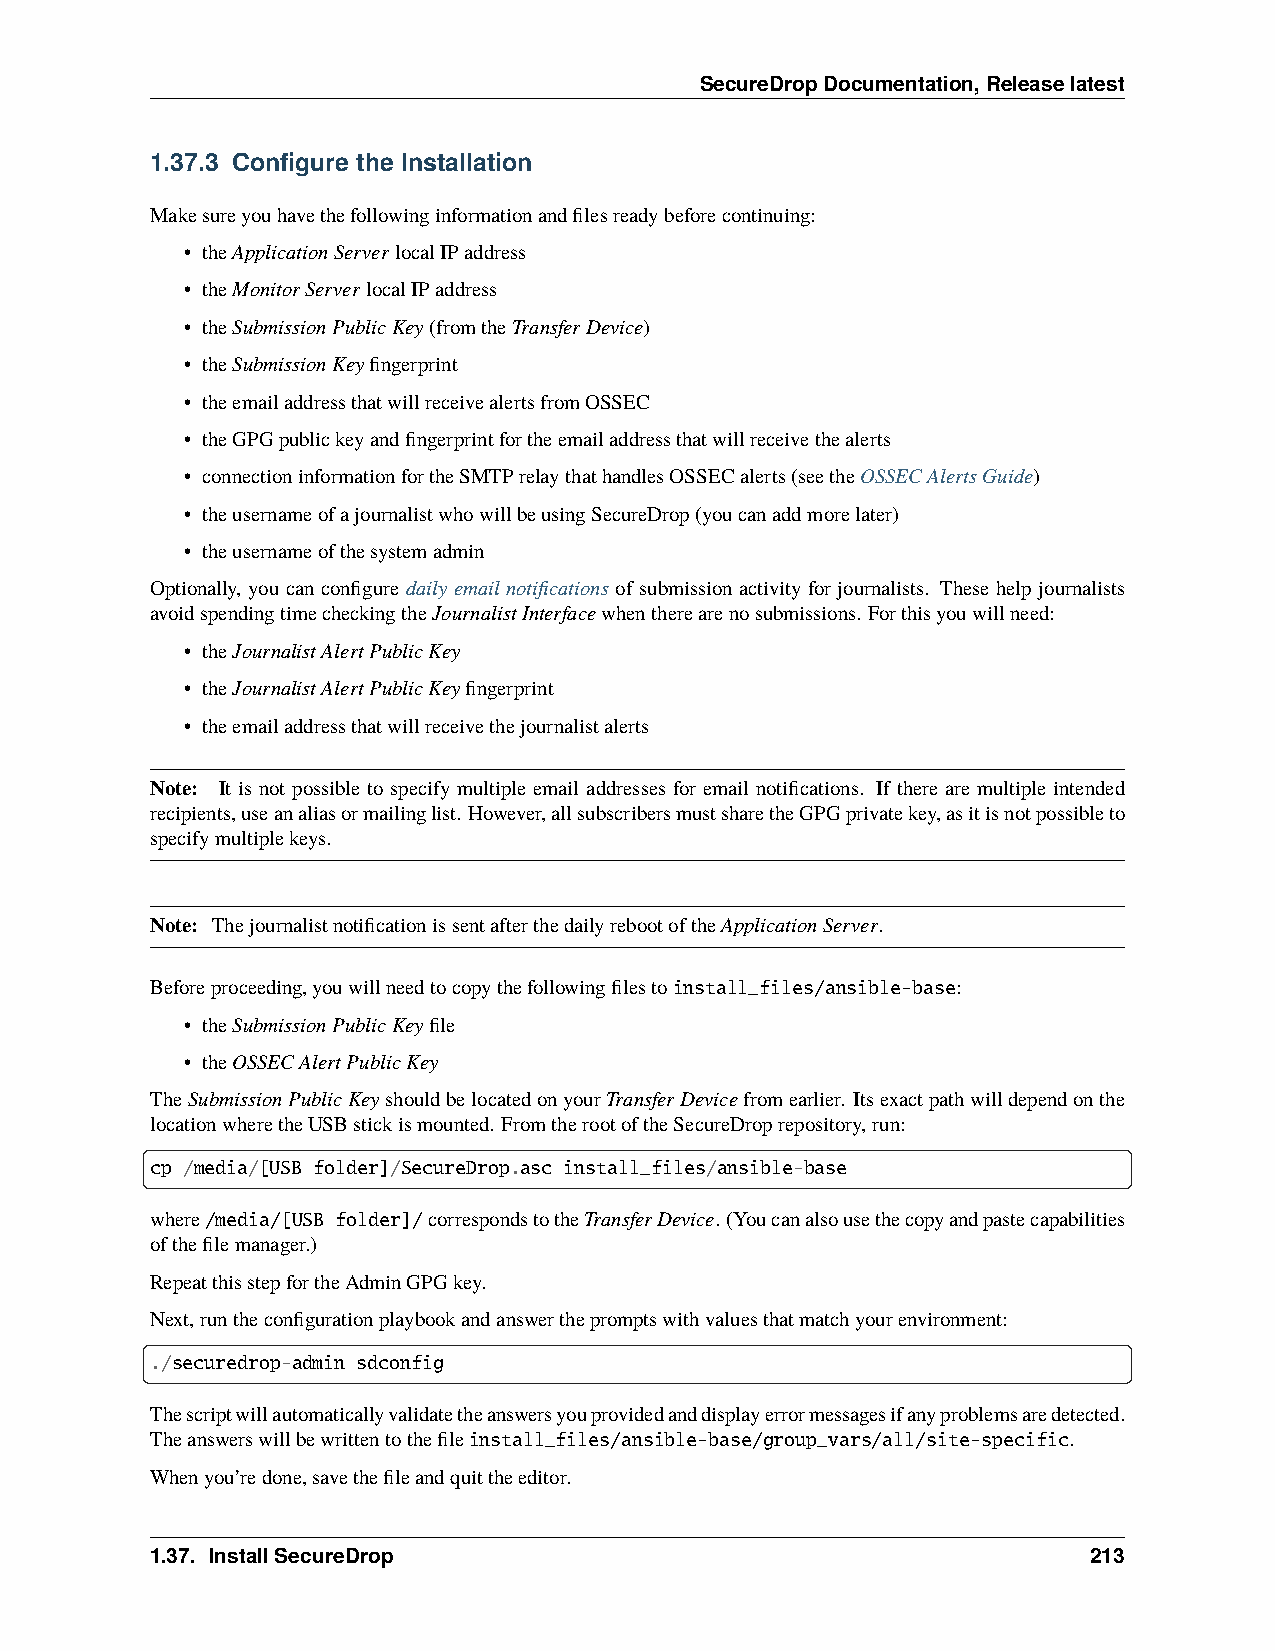
SecureDropDocumentation,Releaselatest
 1.37.3 Configure the Installation
 Makesureyouhavethefollowinginformationandfilesreadybeforecontinuing:
 • theApplicationServerlocalIPaddress
 • theMonitorServerlocalIPaddress
 • theSubmissionPublicKey(fromtheTransferDevice)
 • theSubmissionKeyfingerprint
 • theemailaddressthatwillreceivealertsfromOSSEC
 • theGPGpublickeyandfingerprintfortheemailaddressthatwillreceivethealerts
 • connectioninformationfortheSMTPrelaythathandlesOSSECalerts(seetheOSSECAlertsGuide)
 • theusernameofajournalistwhowillbeusingSecureDrop(youcanaddmorelater)
 • theusernameofthesystemadmin
 Optionally, you can configure daily email notifications of submission activity for journalists. These help journalists
 avoidspendingtimecheckingtheJournalistInterfacewhentherearenosubmissions. Forthisyouwillneed:
 • theJournalistAlertPublicKey
 • theJournalistAlertPublicKeyfingerprint
 • theemailaddressthatwillreceivethejournalistalerts
 Note: It is not possible to specify multiple email addresses for email notifications. If there are multiple intended
 recipients,useanaliasormailinglist. However,allsubscribersmustsharetheGPGprivatekey,asitisnotpossibleto
 specifymultiplekeys.
 Note: ThejournalistnotificationissentafterthedailyrebootoftheApplicationServer.
 Beforeproceeding,youwillneedtocopythefollowingfilestoinstall_files/ansible-base:
 • theSubmissionPublicKeyfile
 • theOSSECAlertPublicKey
 TheSubmissionPublicKeyshouldbelocatedonyourTransferDevicefromearlier. Itsexactpathwilldependonthe
 locationwheretheUSBstickismounted. FromtherootoftheSecureDroprepository,run:
 cp /media/[USB folder]/SecureDrop.asc install_files/ansible-base
 where/media/[USB folder]/correspondstotheTransferDevice. (Youcanalsousethecopyandpastecapabilities
 ofthefilemanager.)
 RepeatthisstepfortheAdminGPGkey.
 Next,runtheconfigurationplaybookandanswerthepromptswithvaluesthatmatchyourenvironment:
 ./securedrop-admin sdconfig
 Thescriptwillautomaticallyvalidatetheanswersyouprovidedanddisplayerrormessagesifanyproblemsaredetected.
 Theanswerswillbewrittentothefileinstall_files/ansible-base/group_vars/all/site-specific.
 Whenyou’redone,savethefileandquittheeditor.
 1.37. InstallSecureDrop                                       213